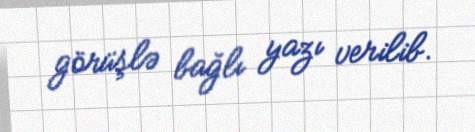
görüşlə bağlı yazı verilib.